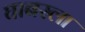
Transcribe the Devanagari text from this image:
घाबरला